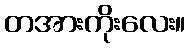
တအားကိုးလေး။